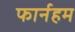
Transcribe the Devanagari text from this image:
फार्नहम